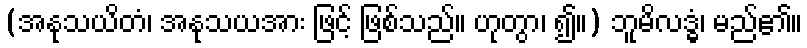
(အနုသယိတံ၊ အနုသယအား ဖြင့် ဖြစ်သည်။ ဟုတွာ၊ ၍။) ဘူမိလဒ္ဓံ၊ မည်၏။